Vaccination in the Punjab 1867-1880 - 1867-1880
Year: 1867
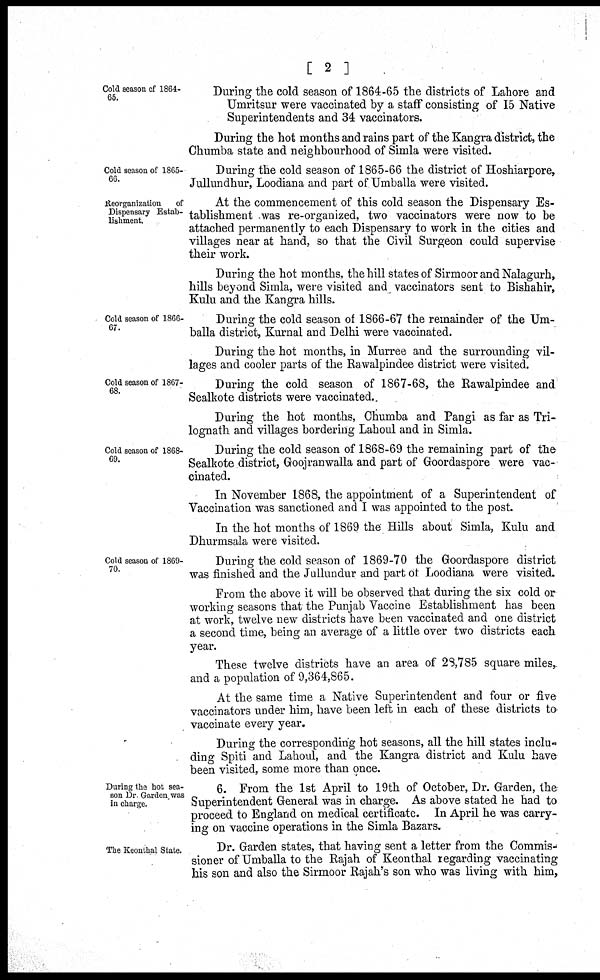
[ 2 ]
Cold season of 1864-
65.
During the cold season of 1864-65 the districts of Lahore and
Umritsur were vaccinated by a staff consisting of 15 Native
Superintendents and 34 vaccinators.
During the hot months and rains part of the Kangra district, the
Chumba state and neighbourhood of Simla were visited.
Cold season of 1865-
66.
During the cold season of 1865-66 the district of Hoshiarpore,
Jullundhur, Loodiana and part of Umballa were visited.
Reorganization
of
Dispensary Estab-
lishment.
At the commencement of this cold season the Dispensary Es-
tablishment was re-organized, two vaccinators were now to be
attached permanently to each Dispensary to work in the cities and
villages near at hand, so that the Civil Surgeon could supervise
their work.
During the hot months, the hill states of Sirmoor and Nalagurh,
hills beyond Simla, were visited and vaccinators sent to Bishahir,
Kulu and the Kangra hills.
Cold season of 1866-
67.
During the cold season of 1866-67 the remainder of the Um-
balla district, Kurnal and Delhi were vaccinated.
During the hot months, in Murree and the surrounding vil-
lages and cooler parts of the Rawalpindee district were visited.
Cold season of 1867-
68.
During the cold season of 1867-68, the Rawalpindee and
Sealkote districts were vaccinated.
During the hot months, Chumba and Pangi as far as Tri-
lognath and villages bordering Lahoul and in Simla.
Cold season of 1868¬
69.
During the cold season of 1868-69 the remaining part of the
Sealkote district, Goojranwalla and part of Goordaspore were vac-
cinated.
In November 1868, the appointment of a Superintendent of
Vaccination was sanctioned and I was appointed to the post.
In the hot months of 1869 the Hills about Simla, Kulu and
Dhurmsala were visited.
Cold season of 1869-
70.
During the cold season of 1869-70 the Goordaspore district
was finished and the Jullundur and part of Loodiana were visited.
From the above it will be observed that during the six cold or
working seasons that the Punjab Vaccine Establishment has been
at work, twelve new districts have been vaccinated and one district
a second time, being an average of a little over two districts each
year.
These twelve districts have an area of 28,785 square miles,
and a population of 9,364,865.
At the same time a Native Superintendent and four or five
vaccinators under him, have been left in each of these districts to
vaccinate every year.
During the corresponding hot seasons, all the hill states inclu-
ding Spiti and Lahoul, and the Kangra district and Kulu have
been visited, some more than once.
During the hot sea-
son Dr Garden was
in charge.
6. From the 1st April to 19th of October, Dr. Garden, the
Superintendent General was in charge. As above stated he had to
proceed to England on medical certificate. In April he was carry-
ing on vaccine operations in the Simla Bazars.
The Keonthal State.
Dr. Garden states, that having sent a letter from the Commis-
sioner of Umballa to the Rajah of Keonthal regarding vaccinating
his son and also the Sirmoor Rajah's son who was living with him,